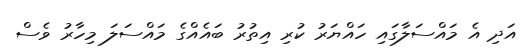
އަދި އެ މައްސަލާގައި ހައްޔަރު ކުރި އިތުރު ބައެއްގެ މައްސަލަ މިހާރު ވެސް